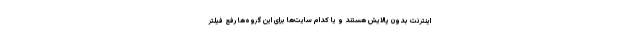
اینترنت بدون پالایش هستند و یا کدام سایت‌ها برای این گروه‌ها رفع فیلتر